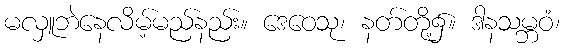
မလှူဘဲနေလိမ့်မည်နည်း။ ဒေဝေသု၊ နတ်တို့၌။ ဒါနသမ္ဘဝံ၊